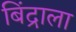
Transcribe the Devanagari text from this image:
बिंद्राला